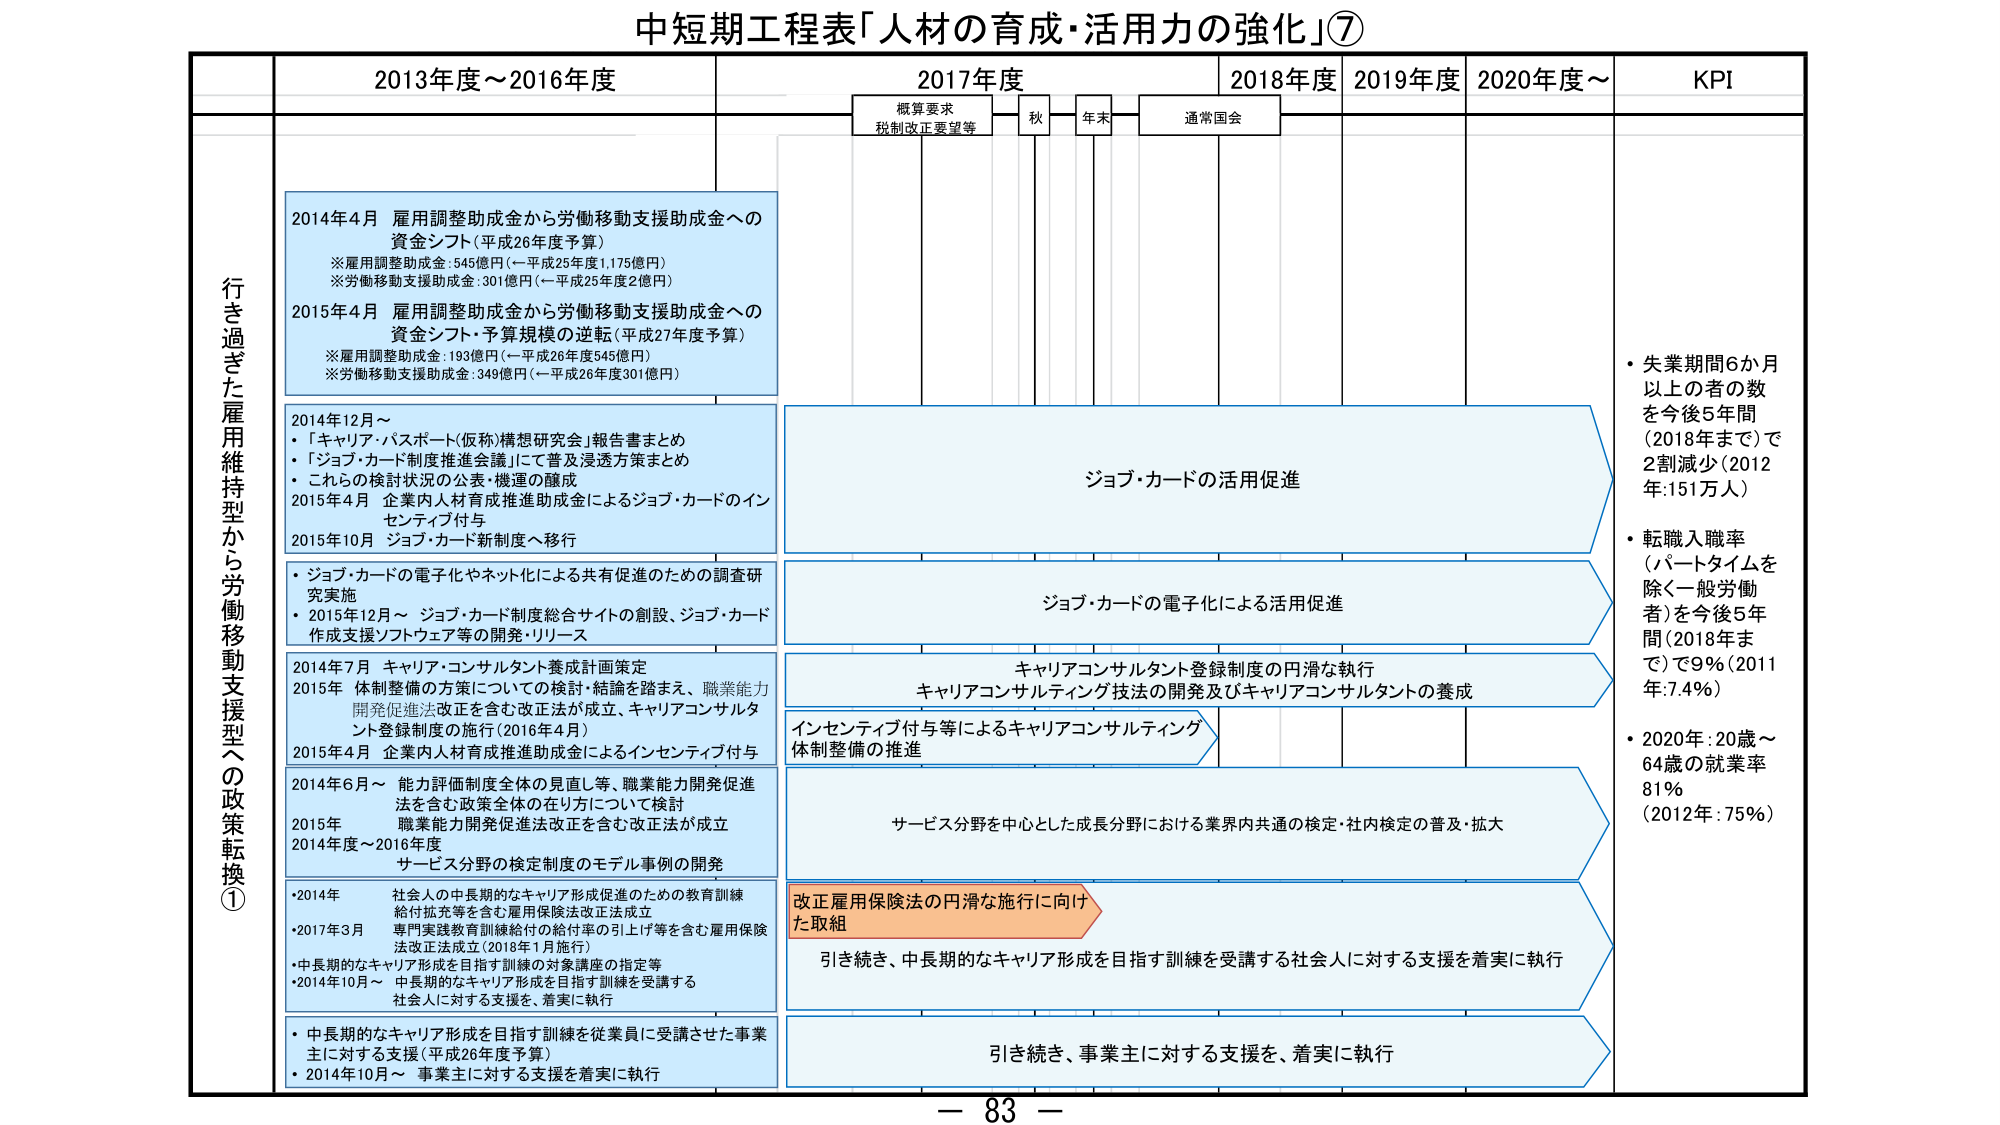
中短期工程表「人材の育成・活用力の強化」⑦

行き過ぎた雇用維持から労働移動支援型への政策転換①

2013年度～2016年度

2014年4月 雇用調整助成金から労働移動支援助成金への資金シフト（平成26年度予算）
※雇用調整助成金：545億円（→平成25年度1,175億円）
※労働移動支援助成金：301億円（→平成25年度2億円）

2015年4月 雇用調整助成金から労働移動支援助成金への資金シフト・予算規模の逆転（平成27年度予算）
※雇用調整助成金：193億円（→平成26年度545億円）
※労働移動支援助成金：349億円（→平成26年度301億円）

2014年12月～
・「キャリア・パスポート（仮称）構想研究会」報告書まとめ
・「ジョブ・カード制度推進会議」にて普及浸透方策まとめ
・これらの検討状況の公表・機運の醸成
2015年4月 企業内人材育成推進助成金によるジョブ・カードのインセンティブ付与
2015年10月 ジョブ・カード新制度へ移行

・ジョブ・カードの電子化やネット化による共有促進のための調査研究実施
・2015年12月～ ジョブ・カード制度総合サイトの創設、ジョブ・カード作成支援ソフトウェア等の開発・リリース

2014年7月 キャリア・コンサルタント養成計画策定
2015年 体制整備の方策についての検討・結論を踏まえ、職業能力開発促進法を含む改正法が成立、キャリアコンサルタント登録制度の施行（2016年4月）
2015年4月 企業内人材育成推進助成金によるインセンティブ付与

2014年6月～ 能力評価制度全体の見直し等、職業能力開発促進法を含む政策全体の在り方について検討
2015年 職業能力開発促進法改正を含む改正法が成立
2014年度～2016年度 サービス分野の検定制度のモデル事例の開発

・2014年 社会人の中長期的なキャリア形成促進のための教育訓練給付拡充等を含む雇用保険法改正成立
・2017年3月 専門実践教育訓練給付の給付率の引上げ等を含む雇用保険法改正法成立（2018年1月施行）
・中長期的なキャリア形成を目指す訓練の対象講座の指定等
・2014年10月～ 中長期的なキャリア形成を目指す訓練を受講する社会人に対する支援を、着実に執行

・中長期的なキャリア形成を目指す訓練を従業員に受講させた事業主に対する支援（平成26年度予算）
・2014年10月～ 事業主に対する支援を着実に執行

2017年度

概算要求
税制改正要望等

秋

年末

通常国会

2018年度

2019年度

2020年度～

KPI

ジョブ・カードの活用促進

ジョブ・カードの電子化による活用促進

キャリアコンサルタント登録制度の円滑な執行
キャリアコンサルティング技法の開発及びキャリアコンサルタントの養成

インセンティブ付与等によるキャリアコンサルティング体制整備の推進

サービス分野を中心とした成長分野における業界内共通の検定・社内検定の普及・拡大

改正雇用保険法の円滑な施行に向けた取組

引き続き、中長期的なキャリア形成を目指す訓練を受講する社会人に対する支援を着実に執行

引き続き、事業主に対する支援を、着実に執行

・失業期間6か月以上者の数を今後5年間（2018年まで）で2割減少（2012年：151万人）

・転職入職率（パートタイムを除く一般労働者）を今後5年間（2018年まで）で9％（2011年：7.4％）

・2020年：20歳～64歳の就業率81％（2012年：75％）

－ 83 －